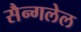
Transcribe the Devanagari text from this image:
सैन्गलेल